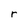
Character: r